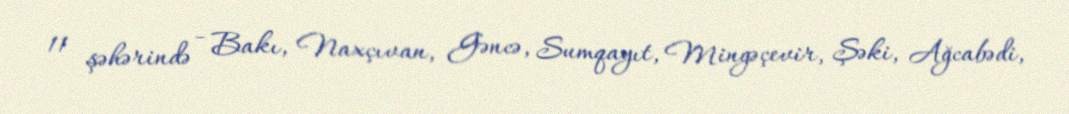
11 şəhərində - Bakı, Naxçıvan, Gəncə, Sumqayıt, Mingəçevir, Şəki, Ağcabədi,